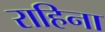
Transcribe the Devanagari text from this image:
राहिना